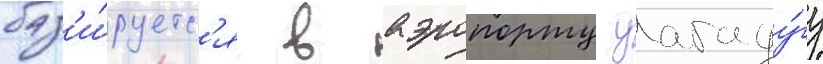
баз'и́руетс'я в аэропорту уагаду́гу